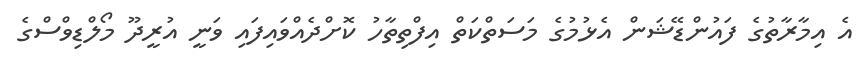
އެ އިމާރާތުގެ ފައުންޑޭޝަން އެޅުމުގެ މަސަތްކަތް އިފްތިތާހު ކޮށްދެއްވައިފައި ވަނީ އުރީދޫ މޯލްޑިވްސްގެ